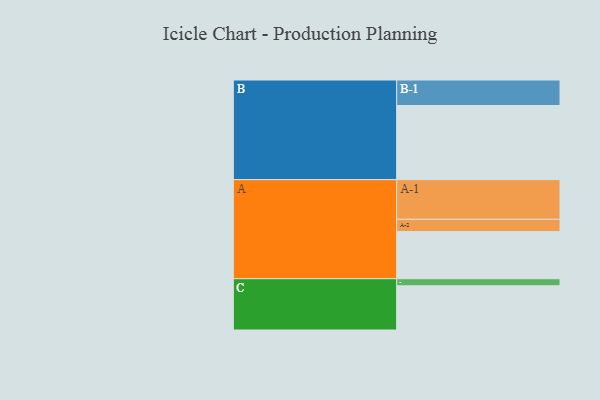
{"axis": {"x": "Segment", "y": "Value"}, "legend": ["", "A", "B", "C"], "data": [{"x": "A", "y": 353, "type": ""}, {"x": "B", "y": 555, "type": ""}, {"x": "C", "y": 331, "type": ""}, {"x": "A-1", "y": 297, "type": "A"}, {"x": "A-2", "y": 92, "type": "A"}, {"x": "B-1", "y": 191, "type": "B"}, {"x": "C-1", "y": 53, "type": "C"}]}